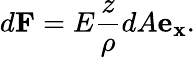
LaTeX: d\mathbf{F}=E{\frac{z}{\rho}}dA\mathbf{e_{x}}.